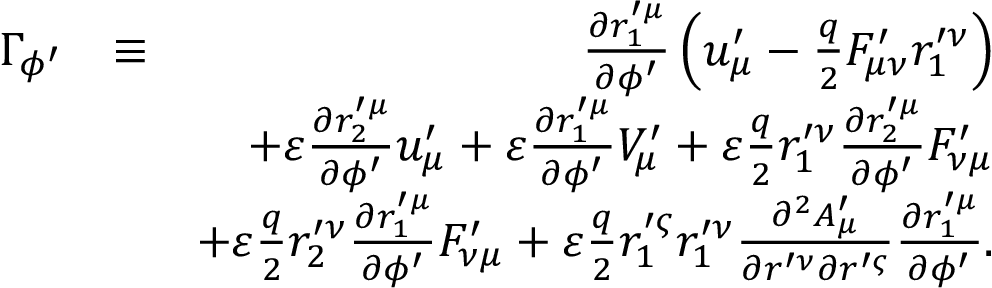
\begin{array} { r l r } { \Gamma _ { \phi ^ { \prime } } } & { \equiv } & { \frac { \partial r _ { 1 } ^ { \prime \mu } } { \partial \phi ^ { \prime } } \left( u _ { \mu } ^ { \prime } - \frac { q } { 2 } F _ { \mu \nu } ^ { \prime } r _ { 1 } ^ { \prime \nu } \right) } \\ & { } & { + \varepsilon \frac { \partial r _ { 2 } ^ { \prime \mu } } { \partial \phi ^ { \prime } } u _ { \mu } ^ { \prime } + \varepsilon \frac { \partial r _ { 1 } ^ { \prime \mu } } { \partial \phi ^ { \prime } } V _ { \mu } ^ { \prime } + \varepsilon \frac { q } { 2 } r _ { 1 } ^ { \prime \nu } \frac { \partial r _ { 2 } ^ { \prime \mu } } { \partial \phi ^ { \prime } } F _ { \nu \mu } ^ { \prime } } \\ & { } & { + \varepsilon \frac { q } { 2 } r _ { 2 } ^ { \prime \nu } \frac { \partial r _ { 1 } ^ { \prime \mu } } { \partial \phi ^ { \prime } } F _ { \nu \mu } ^ { \prime } + \varepsilon \frac { q } { 2 } r _ { 1 } ^ { \prime \varsigma } r _ { 1 } ^ { \prime \nu } \frac { \partial ^ { 2 } A _ { \mu } ^ { \prime } } { \partial r ^ { \prime \nu } \partial r ^ { \prime \varsigma } } \frac { \partial r _ { 1 } ^ { \prime \mu } } { \partial \phi ^ { \prime } } . } \end{array}